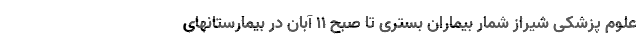
علوم پزشکی شیراز شمار بیماران بستری تا صبح ۱۱ آبان در بیمارستانهای